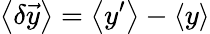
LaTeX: \left<{\delta\vec{y}}\right>=\left<{y^{\prime}}\right>-\left<{y}\right>